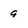
Character: g